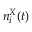
n _ { i } ^ { X } ( t )